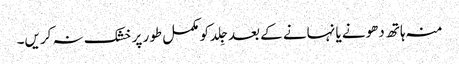
منہ ہاتھ دھونے یا نہانے کے بعد جِلد کو مکمل طور پر خشک نہ کریں۔